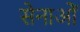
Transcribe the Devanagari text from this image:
सेनाओें